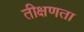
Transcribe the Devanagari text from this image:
तीक्षणता